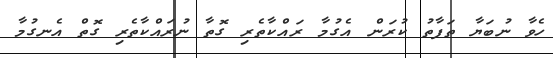
ހެވާ ނުބަޔާ ތަފާތު ކުރަން އެގުމާ ރައްކާތެރި ގޮތާ ނުރައްކާތެރި ގޮތް އެނގުމާ